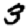
Digit: 3